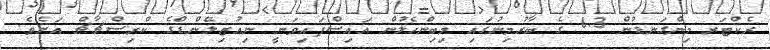
ރެކްޓަރ މިންގަނޑުން 6.3 ގެ ބާރުމިނުގައި މިބިންހެލުން އައިސްފައިވަނީ ނިއުޒިލޭންޑްގެ ކްރިސްޗާޗް އަށެވެ.